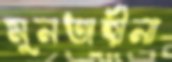
মুনতাহীনা